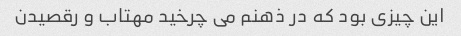
این چیزی بود که در ذهنم می چرخید مهتاب و رقصیدن